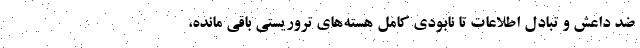
ضد داعش و تبادل اطلاعات تا نابودی کامل هسته‌های تروریستی باقی مانده،